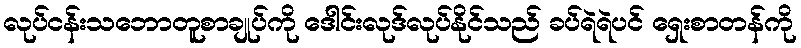
လုပ်ငန်းသဘောတူစာချုပ်ကို ဒေါင်းလုဒ်လုပ်နိုင်သည် ခပ်ရဲရဲပင် ရှေးစာတန်ကို